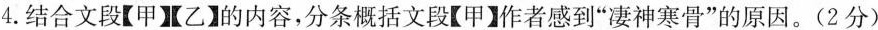
4.结合文段【甲】【乙】的内容，分条概括文段【甲】作者感到”凄神寒骨”的原因。(2分)